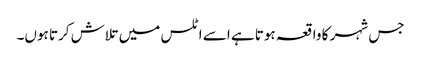
جس شہر کا واقعہ ہوتا ہے اسے اٹلس میں تلاش کرتا ہوں۔